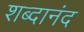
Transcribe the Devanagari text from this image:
शब्दानंद